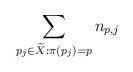
LaTeX: \begin{align*}\sum_{p_j \in \widetilde X: \pi(p_j) = p} n_{p,j}\end{align*}